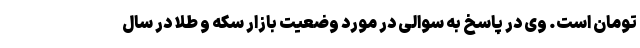
تومان است. وی در پاسخ به سوالی در مورد وضعیت بازار سکه و طلا در سال